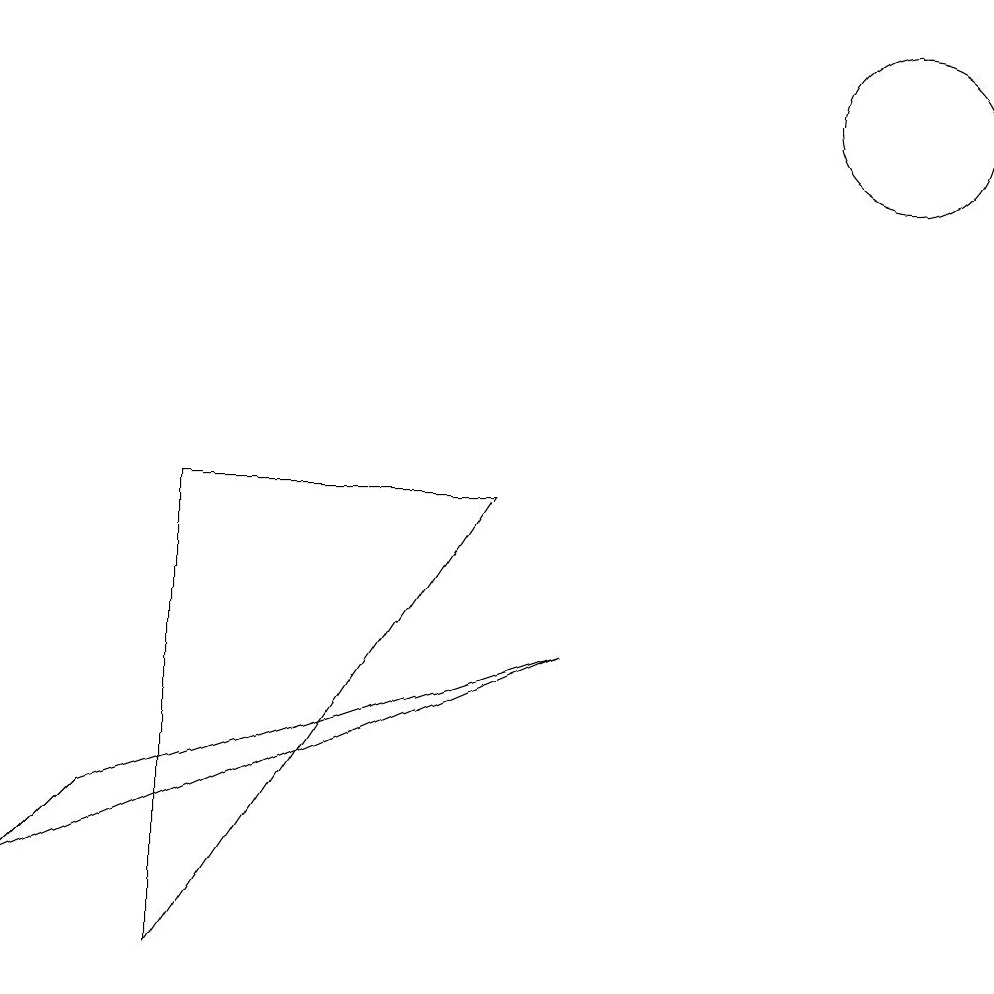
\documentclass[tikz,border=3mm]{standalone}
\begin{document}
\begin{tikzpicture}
\draw (7,6) -- (3,6) -- (3,0) -- cycle;
\draw (1,1) -- (8,4) -- (2,2) -- cycle;
\draw (12,11) circle (1);
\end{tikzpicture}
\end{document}